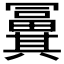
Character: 𠔸